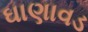
ઘાણાવડ